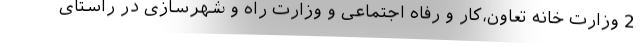
2 وزارت خانه تعاون،کار و رفاه اجتماعی و وزارت راه و شهرسازی در راستای